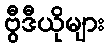
ဗွီဒီယိုများ